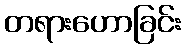
တရားဟောခြင်း